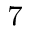
^ 7